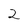
Character: 2